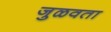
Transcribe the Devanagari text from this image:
जुळवता